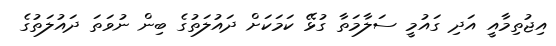
އިޖުތިމާއީ އަދި ގައުމީ ސަލާމަތާ ގުޅޭ ކަމަކަށް ދައުލަތުގެ ބިން ނުވަތަ ދައުލަތުގެ